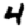
Digit: 4